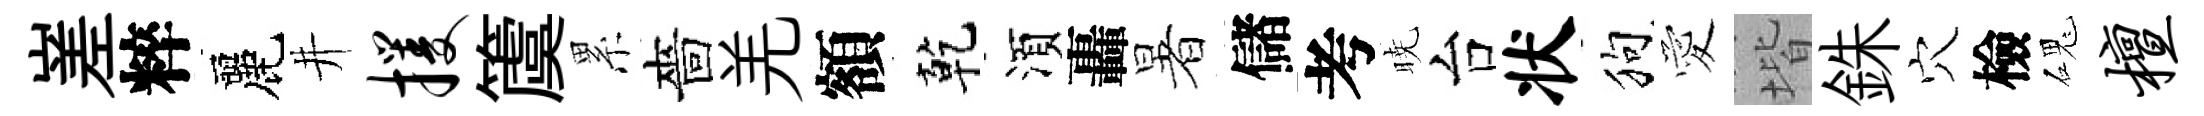
嵳粹麗井攫𥵂累嗇羌額乾湏轟暑儲考暁台状狗愛堦銖穴檢磈檀